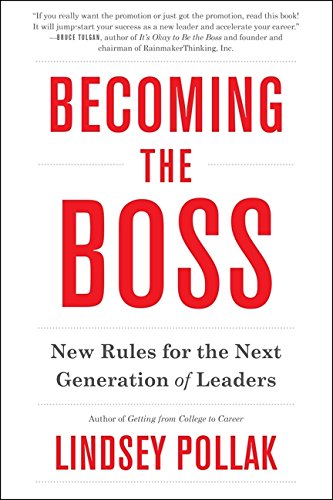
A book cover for Becoming the Boss: New Rules for the Next Generation of Leaders; Lindsey Pollak; Business & Money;